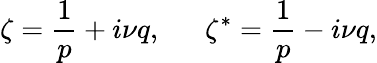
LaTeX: \zeta=\frac{1}{p}+i\nu q,~~~~~~\zeta^{*}=\frac{1}{p}-i\nu q,